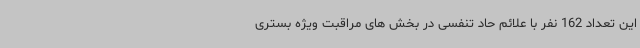
این تعداد 162 نفر با علائم حاد تنفسی در بخش های مراقبت ویژه بستری